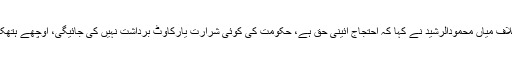
پنجاب اسمبلی میںقائد حزب اختلاف میاں محمودالرشید نے کہا کہ احتجاج آئینی حق ہے، حکومت کی کوئی شرارت یارکاوٹ برداشت نہیں کی جائیگی، اوچھے ہتھکنڈوں کا بھرپور جواب دیں گے۔